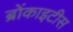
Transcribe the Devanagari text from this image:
ब्रोंकाइटीस